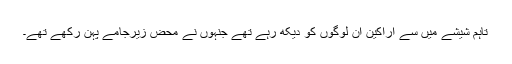
تاہم شیشے میں سے اراکین ان لوگوں کو دیکھ رہے تھے جنہوں نے محض زیرجامے پہن رکھے تھے۔